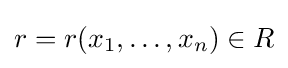
r=r(x_{1},\ldots ,x_{n})\in R